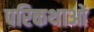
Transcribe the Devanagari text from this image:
परिकथाओं